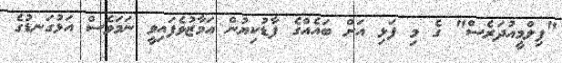
"ފިލްމީއުދަރެސް" ގެ މި ފަޅި އަށް ބައެއްގެ ފާޑުކިޔުން އަމާޒުވެފައިވީ ނަމަވެސް އަޅުގަނޑުގެ